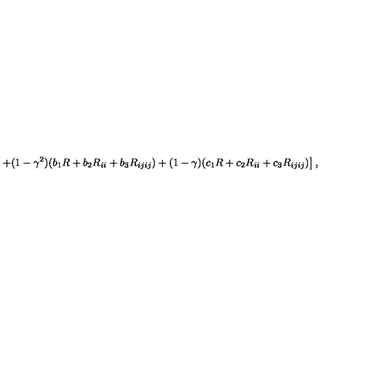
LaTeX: \left. + ( 1 - \gamma ^ { 2 } ) ( b _ { 1 } R + b _ { 2 } R _ { i i } + b _ { 3 } R _ { i j i j } ) + ( 1 - \gamma ) ( c _ { 1 } R + c _ { 2 } R _ { i i } + c _ { 3 } R _ { i j i j } ) \right] ,